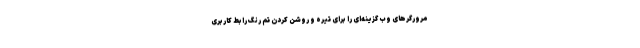
مرورگرهای وب گزینه‌ای را برای تیره و روشن کردن تم رنگ رابط کاربری